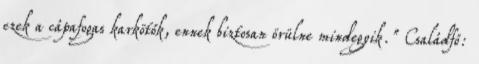
ezek a cápafogas karkötők, ennek biztosan örülne mindegyik." Családfő: